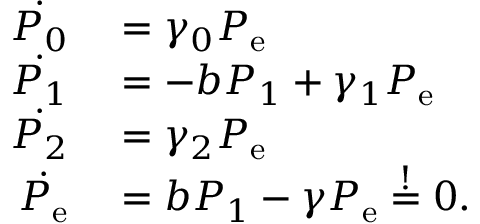
\begin{array} { r l } { \dot { P _ { 0 } } } & { { } = \gamma _ { 0 } P _ { \mathrm { e } } } \\ { \dot { P _ { 1 } } } & { { } = - b P _ { 1 } + \gamma _ { 1 } P _ { \mathrm { e } } } \\ { \dot { P _ { 2 } } } & { { } = \gamma _ { 2 } P _ { \mathrm { e } } } \\ { \dot { P _ { \mathrm { e } } } } & { { } = b P _ { 1 } - \gamma P _ { \mathrm { e } } \overset { ! } { = } 0 . } \end{array}